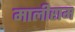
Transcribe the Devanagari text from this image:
मालीराम